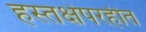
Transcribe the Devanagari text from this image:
हस्तक्षेपरहीत